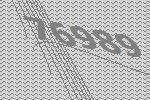
76989